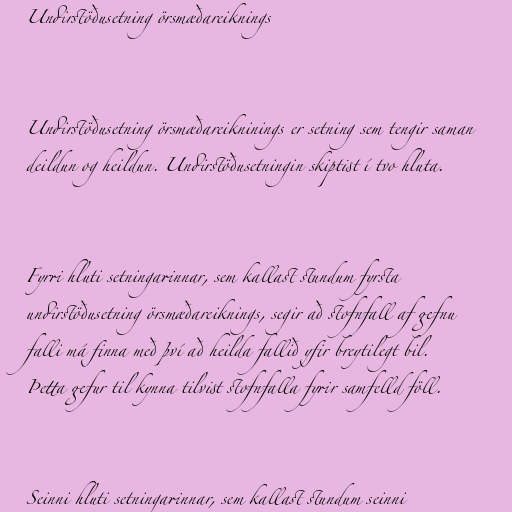
Undirstöðusetning örsmæðareiknings

Undirstöðusetning örsmæðareikninings er setning sem tengir saman
deildun og heildun. Undirstöðusetningin skiptist í tvo hluta.

Fyrri hluti setningarinnar, sem kallast stundum fyrsta
undirstöðusetning örsmæðareiknings, segir að stofnfall af gefnu
falli má finna með því að heilda fallið yfir breytilegt bil.
Þetta gefur til kynna tilvist stofnfalla fyrir samfelld föll.

Seinni hluti setningarinnar, sem kallast stundum seinni